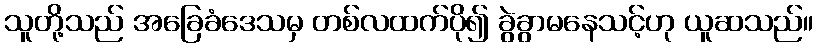
သူတို့သည် အခြေခံဒေသမှ တစ်လထက်ပို၍ ခွဲခွာမနေသင့်ဟု ယူဆသည်။